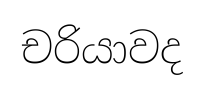
චරියාවද